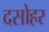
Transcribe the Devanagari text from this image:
दसोहर